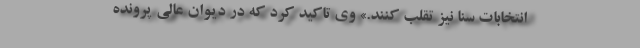
انتخابات سنا نیز تقلب کنند.» وی تاکید کرد که در دیوان عالی پرونده